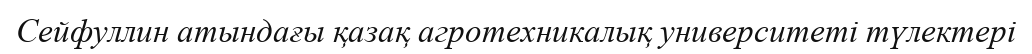
Сейфуллин атындағы қазақ агротехникалық университеті түлектері